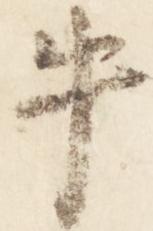
牛